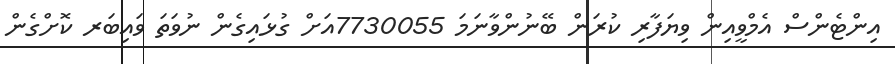
އިންޓެންސް އެމްވީއިން ވިޔަފާރި ކުރަން ބޭނުންވާނަމަ 7730055އަށް ގުޅައިގެން ނުވަތަ ވައިބަރ ކޮށްގެން